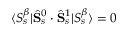
\langle S _ { s } ^ { \beta } | \hat { \mathbf { S } } _ { s } ^ { 0 } \cdot \hat { \mathbf { S } } _ { s } ^ { 1 } | S _ { s } ^ { \beta } \rangle = 0